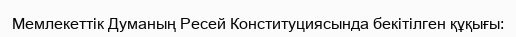
Мемлекеттік Думаның Ресей Конституциясында бекітілген құқығы: